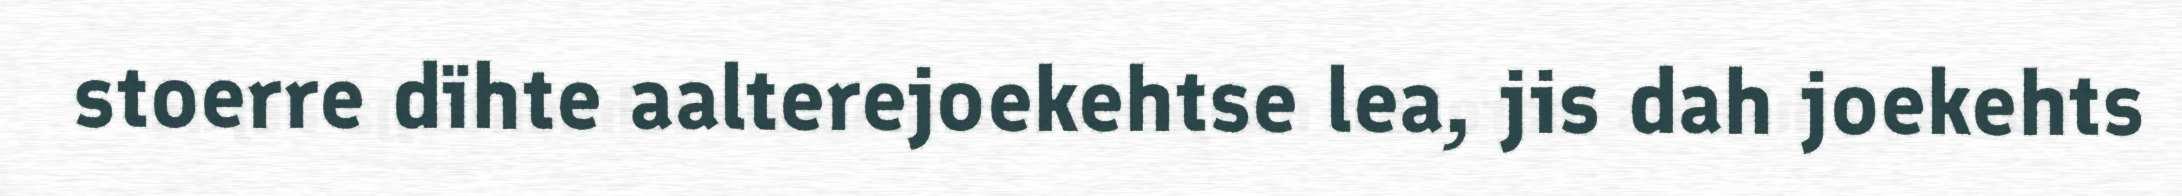
stoerre dïhte aalterejoekehtse lea, jis dah joekehts